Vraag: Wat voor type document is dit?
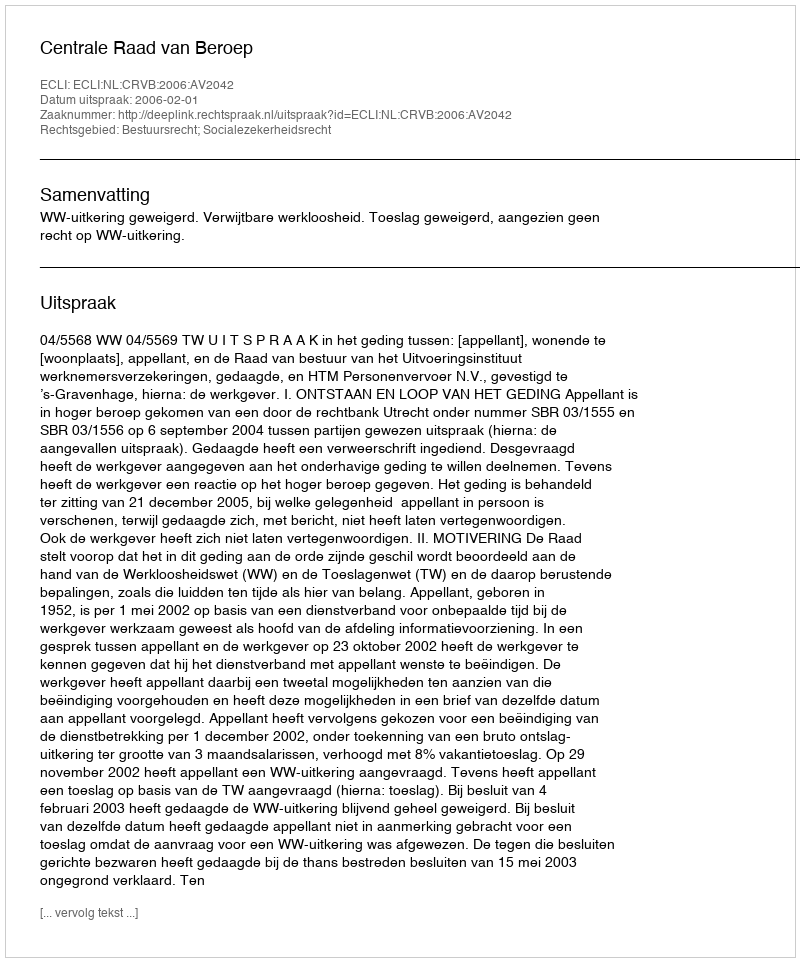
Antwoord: Uitspraak